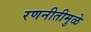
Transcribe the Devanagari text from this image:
रणनीतीमुळे